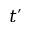
t ^ { \prime }